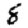
Digit: 8